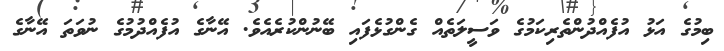
ބިމުގެ އަޅު އުފެއްދުންތެރިކަމުގެ ވަސީލަތެއް ގެންގުޅެފައި ބޭނުންކުރެއެވެ. އޭނާގެ އުފެއްދުމުގެ ނުވަތަ އޭނާގެ